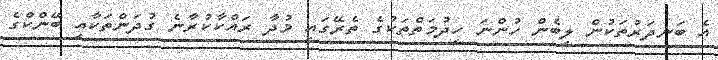
އެ ބަނދަރުތަކުން ލިބެން ހުންނަ ހިދުމަތްތަކުގެ ތެރޭގައި މުދާ ރައްކާކުރާނެ ގުދަންތަކާއި ބޭންކްގެ